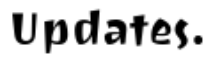
Updates.